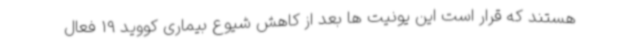
هستند که قرار است این یونیت ها بعد از کاهش شیوع بیماری کووید 19 فعال